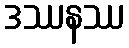
ဒဿနဿ